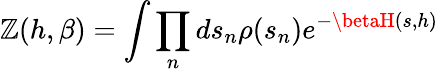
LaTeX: \mathbb{Z}(h,\beta)=\int\prod_{n}ds_{n}\rho(s_{n})e^{-\betaH(s,h)}